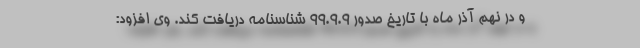
و در نهم آذر ماه با تاریخ صدور ۹۹.۹.۹ شناسنامه دریافت کند. وی افزود: